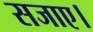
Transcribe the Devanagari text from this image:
सजाए।